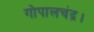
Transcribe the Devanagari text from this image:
गोपालचंद्र।